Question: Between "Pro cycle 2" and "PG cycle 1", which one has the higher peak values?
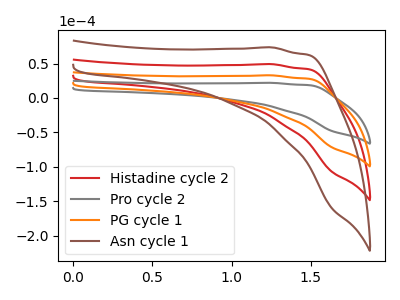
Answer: <think>The red curve "Histadine cycle 2" has no peaks. The gray curve "Pro cycle 2" has no peaks. The orange curve "PG cycle 1" has no peaks. The brown curve "Asn cycle 1" has no peaks.</think>
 <answer>Niether CV has any peaks.</answer>
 <eval>blanks</eval>